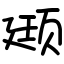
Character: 颋